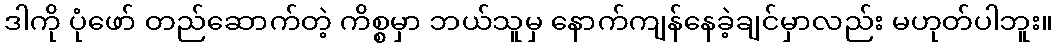
ဒါကို ပုံဖော် တည်ဆောက်တဲ့ ကိစ္စမှာ ဘယ်သူမှ နောက်ကျန်နေခဲ့ချင်မှာလည်း မဟုတ်ပါဘူး။